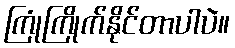
ကြုံကြိုက်နိုင်တာပါပဲ။